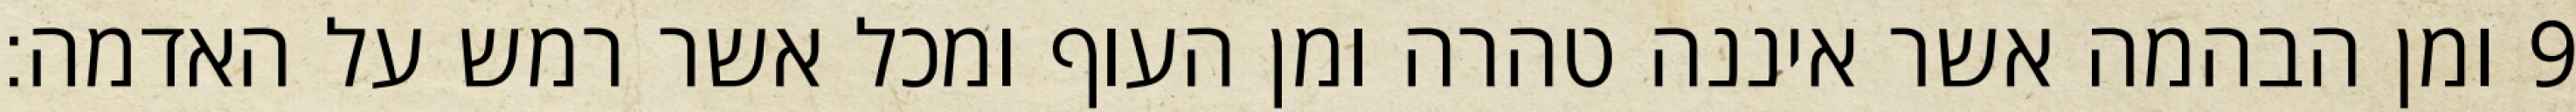
ומן הבהמה אשר איננה טהרה ומן העוף ומכל אשר רמש על האדמה׃ ‎9‏